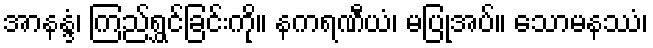
အာနန္ဒံ၊ ကြည်ရွှင်ခြင်းကို။ နကရဏီယံ၊ မပြုအပ်။ သောမနဿံ၊